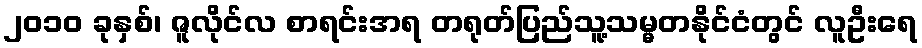
၂၀၁၀ ခုနှစ်၊ ဇူလိုင်လ စာရင်းအရ တရုတ်ပြည်သူ့သမ္မတနိုင်ငံတွင် လူဦးရေ